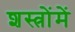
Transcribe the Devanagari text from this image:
शस्त्रोंमें